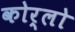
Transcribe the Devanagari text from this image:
कोर्लो